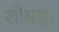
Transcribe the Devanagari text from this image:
शोषछ्वा